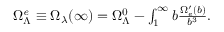
\begin{array} { r } { \Omega _ { \Lambda } ^ { \it e } \equiv \Omega _ { \lambda } ( \infty ) = \Omega _ { \Lambda } ^ { 0 } - \int _ { 1 } ^ { \infty } \d b \frac { \Omega _ { e } ^ { \prime } ( b ) } { b ^ { 3 } } . } \end{array}